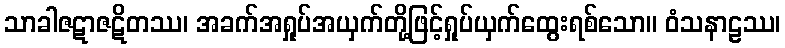
သာခါဇဋာဇဋိတဿ၊ အခက်အရှုပ်အယှက်တို့ဖြင့်ရှုပ်ယှက်ထွေးရစ်သော။ ဝံသနာဠဿ၊